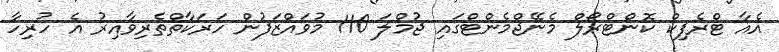
އެއާ ޓްރެފިކް ކޮންޓްރޯލް މެނޭޖްމެންޓްގައި ޖުމްލަ 110 މުވައްޒަފުން ހަރަކާތްތެރިވާއިރު އެ ހުރިހާ